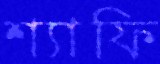
শ্যাফি